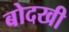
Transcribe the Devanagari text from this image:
बोदखी